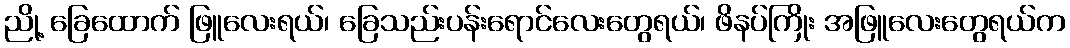
ညို့ ခြေထောက် ဖြူလေးရယ်၊ ခြေသည်းပန်းရောင်လေးတွေရယ်၊ ဖိနပ်ကြိုး အဖြူလေးတွေရယ်က